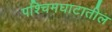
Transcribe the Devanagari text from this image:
पश्चिमघाटातील